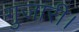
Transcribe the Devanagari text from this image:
गुजारी।